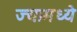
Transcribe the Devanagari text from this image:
ज्यामध्यॆ